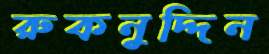
রুকনুদ্দিন